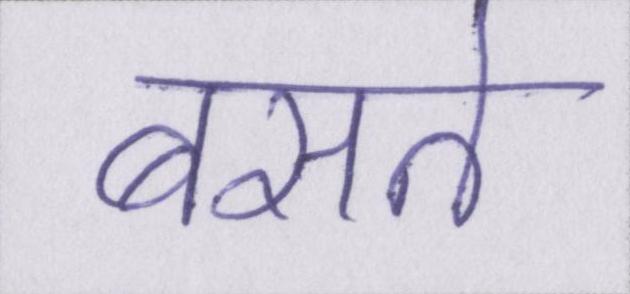
बसते